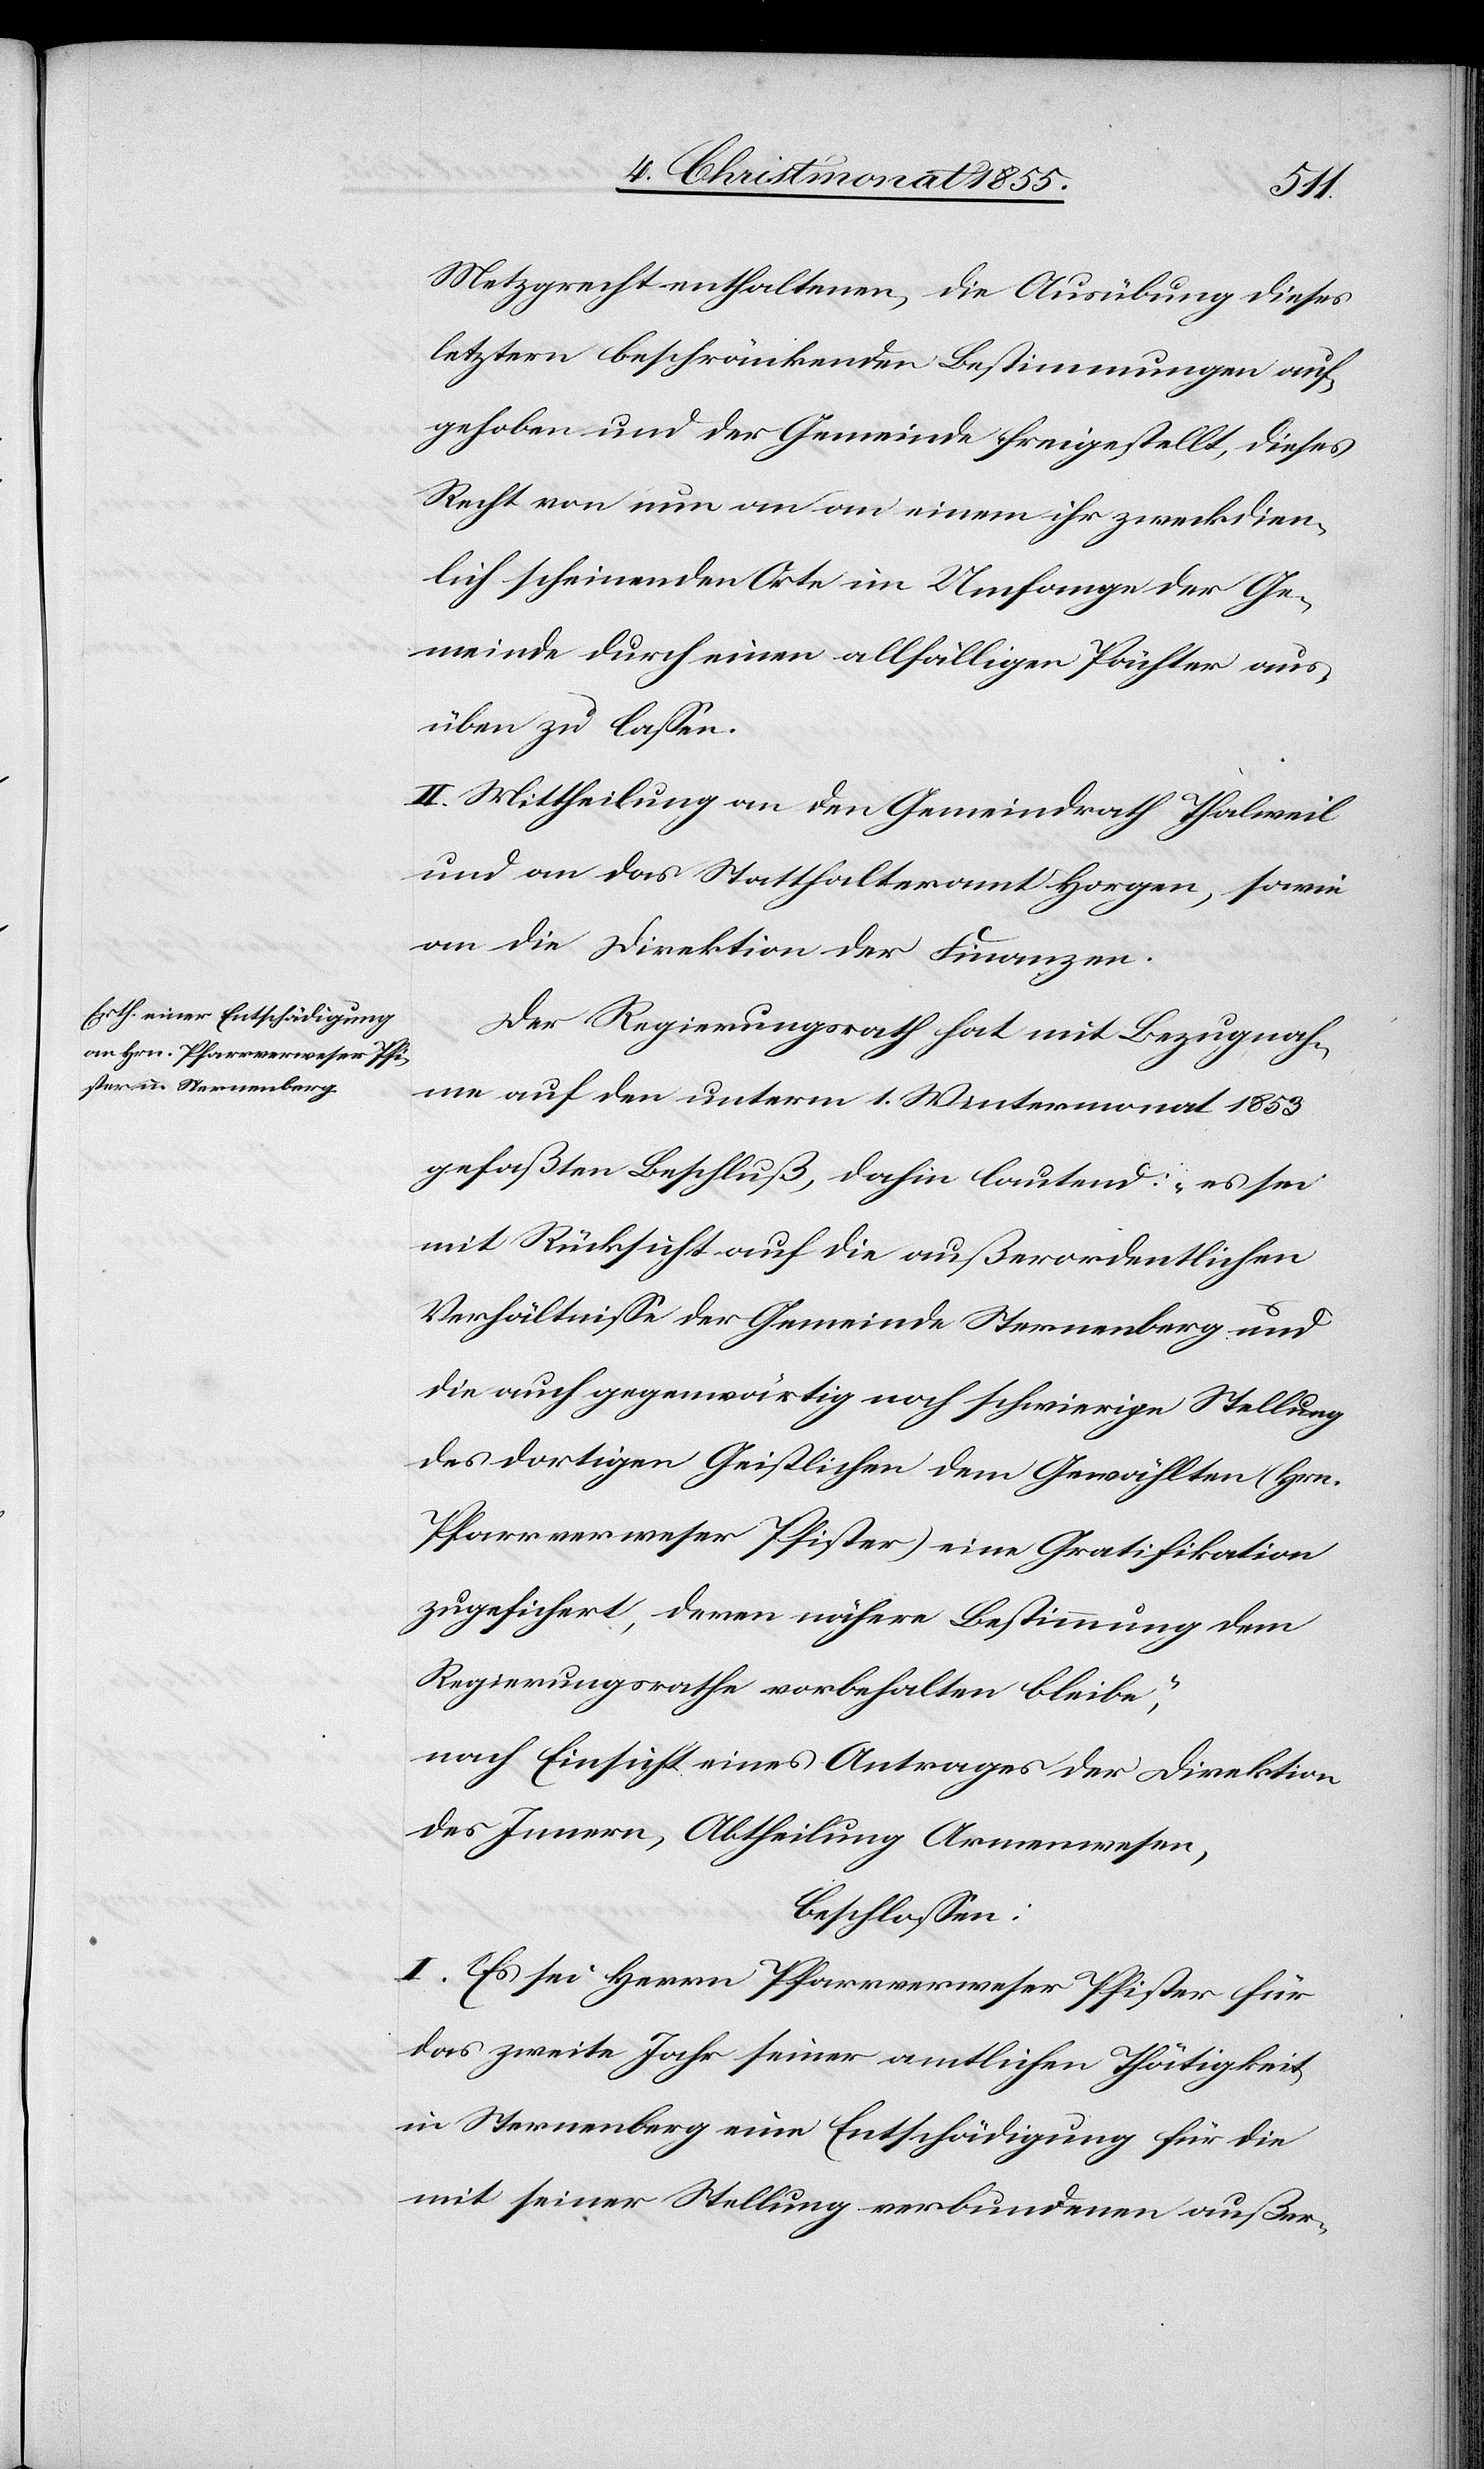
Metzgrecht enthaltenen, die Ausübung dieses
letztern beschränkenden Bestimmungen auf¬
gehoben und der Gemeinde freigestellt, dieses
Recht von nun an an einem ihr zweckdien¬
lich scheinenden Orte im Umfange der Ge¬
meinde durch einen allfälligen Pächter aus¬
üben zu lassen.
II. Mittheilung an den Gemeindrath Thalweil
und an das Statthalteramt Horgen, sowie
an die Direktion der Finanzen.
Der Regierungsrath hat mit Bezugnah¬
me auf den unterm 1. Wintermonat 1853
gefaßten Beschluß, dahin lautend: „es sei
mit Rücksicht auf die außerordentlichen
Verhältnisse der Gemeinde Sternenberg und
die auch gegenwärtig noch schwierige Stellung
des dortigen Geistlichen dem Gewählten (Hrn.
Pfarrverweser Pfister) eine Gratifikation
zugesichert, deren nähere Bestimmung dem
Regierungsrathe vorbehalten bleibe,“
nach Einsicht eines Antrages der Direktion
des Innern, Abtheilung Armenwesen,
beschlossen:
I. Es sei Herrn Pfarrverweser Pfister für
das zweite Jahr seiner amtlichen Thätigkeit
in Sternenberg eine Entschädigung für die
mit seiner Stellung verbundenen außer-